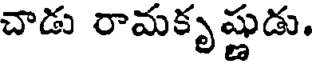
చాడు రామకృష్ణుడు.